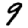
Digit: 9